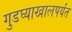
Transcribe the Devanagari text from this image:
गुडघ्याखालपर्यंत